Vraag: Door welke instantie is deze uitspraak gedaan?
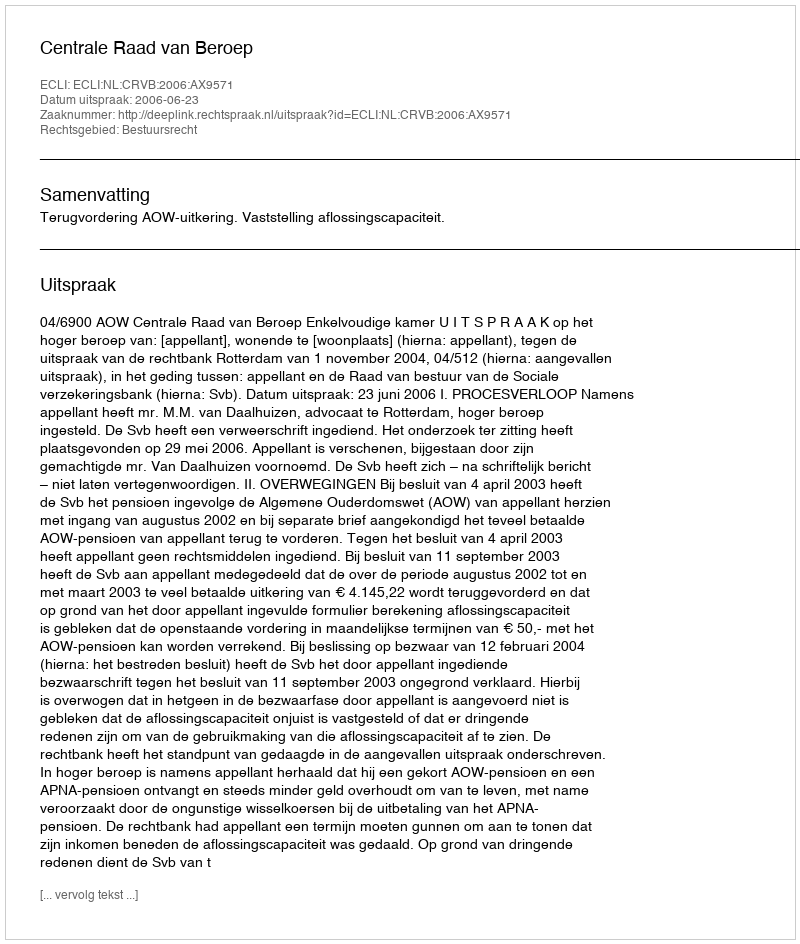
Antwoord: Centrale Raad van Beroep